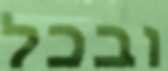
ובכל